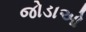
જોડાઓ